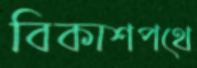
বিকাশপথে